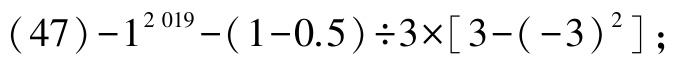
\((47)-1^{2019}-(1 - 0.5)\div3\times[3-(-3)^{2}]\)